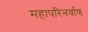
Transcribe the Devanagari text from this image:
महापरिनर्वाण